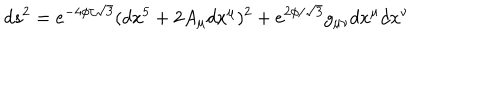
d s ^ { 2 } = e ^ { - 4 \phi / \sqrt { 3 } } ( d x ^ { 5 } + 2 A _ { \mu } d x ^ { \mu } ) ^ { 2 } + e ^ { 2 \phi / \sqrt { 3 } } g _ { \mu \nu } d x ^ { \mu } d x ^ { \nu }